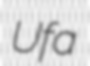
Ufa